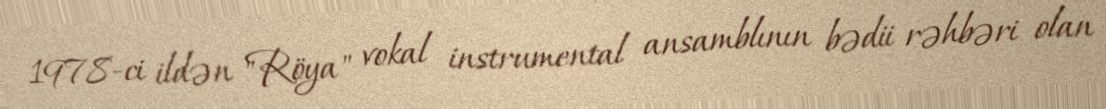
1978-ci ildən "Röya" vokal instrumental ansamblının bədii rəhbəri olan